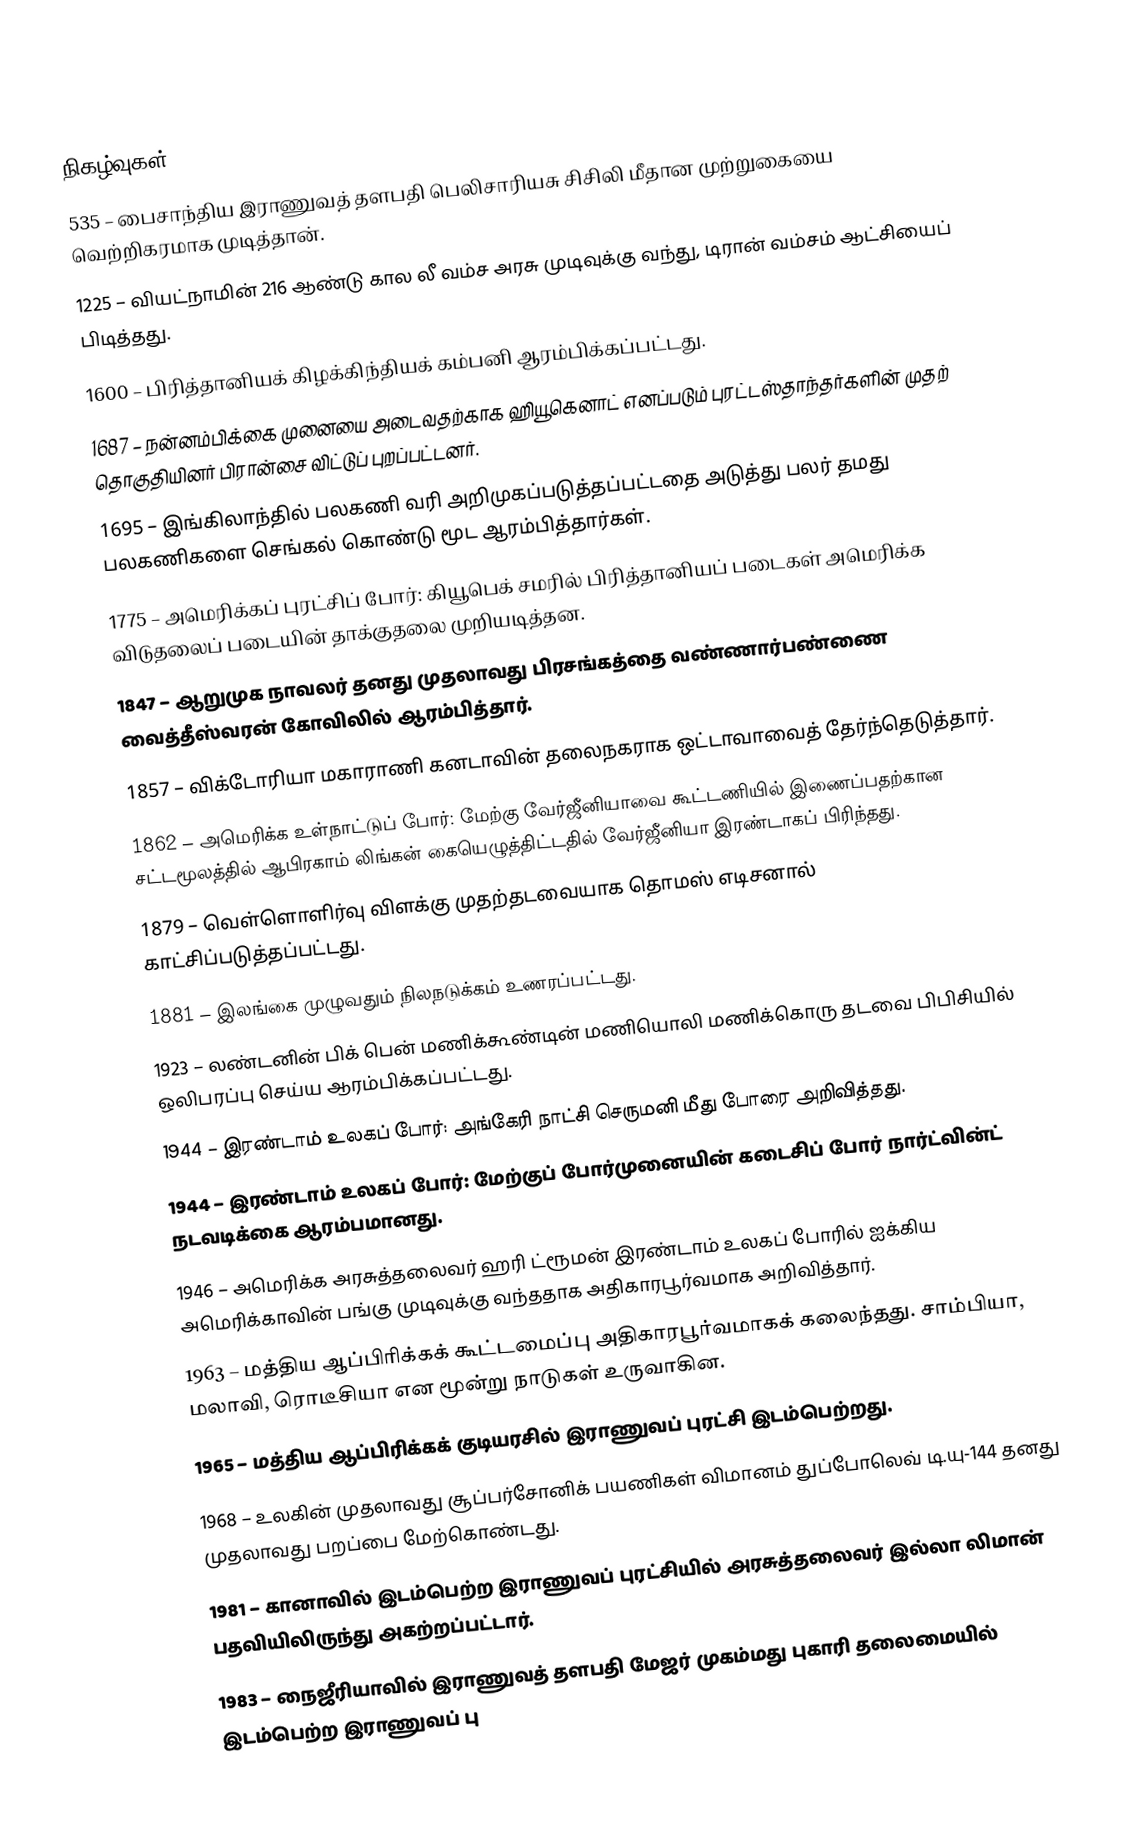

நிகழ்வுகள்
535 – பைசாந்திய இராணுவத் தளபதி பெலிசாரியசு சிசிலி மீதான முற்றுகையை வெற்றிகரமாக முடித்தான்.
1225 – வியட்நாமின் 216 ஆண்டு கால லீ வம்ச அரசு முடிவுக்கு வந்து, டிரான் வம்சம் ஆட்சியைப் பிடித்தது.
1600 – பிரித்தானியக் கிழக்கிந்தியக் கம்பனி ஆரம்பிக்கப்பட்டது.
1687 – நன்னம்பிக்கை முனையை அடைவதற்காக ஹியூகெனாட் எனப்படும்  புரட்டஸ்தாந்தர்களின் முதற் தொகுதியினர் பிரான்சை விட்டுப் புறப்பட்டனர்.
1695 – இங்கிலாந்தில் பலகணி வரி அறிமுகப்படுத்தப்பட்டதை அடுத்து பலர் தமது பலகணிகளை செங்கல் கொண்டு மூட ஆரம்பித்தார்கள்.
1775 – அமெரிக்கப் புரட்சிப் போர்: கியூபெக் சமரில் பிரித்தானியப் படைகள் அமெரிக்க விடுதலைப் படையின் தாக்குதலை முறியடித்தன.
1847 – ஆறுமுக நாவலர் தனது முதலாவது பிரசங்கத்தை வண்ணார்பண்ணை வைத்தீஸ்வரன் கோவிலில் ஆரம்பித்தார்.
1857 – விக்டோரியா மகாராணி கனடாவின் தலைநகராக ஒட்டாவாவைத் தேர்ந்தெடுத்தார்.
1862 – அமெரிக்க உள்நாட்டுப் போர்: மேற்கு வேர்ஜீனியாவை கூட்டணியில் இணைப்பதற்கான சட்டமூலத்தில் ஆபிரகாம் லிங்கன் கையெழுத்திட்டதில் வேர்ஜீனியா இரண்டாகப் பிரிந்தது.
1879 – வெள்ளொளிர்வு விளக்கு முதற்தடவையாக தொமஸ் எடிசனால் காட்சிப்படுத்தப்பட்டது.
1881 – இலங்கை முழுவதும் நிலநடுக்கம் உணரப்பட்டது.
1923 – லண்டனின் பிக் பென் மணிக்கூண்டின் மணியொலி மணிக்கொரு தடவை பிபிசியில் ஒலிபரப்பு செய்ய ஆரம்பிக்கப்பட்டது.
1944 – இரண்டாம் உலகப் போர்: அங்கேரி நாட்சி செருமனி மீது போரை அறிவித்தது.
1944 – இரண்டாம் உலகப் போர்: மேற்குப் போர்முனையின் கடைசிப் போர்  நார்ட்வின்ட் நடவடிக்கை ஆரம்பமானது.
1946 – அமெரிக்க அரசுத்தலைவர் ஹரி ட்ரூமன் இரண்டாம் உலகப் போரில் ஐக்கிய அமெரிக்காவின் பங்கு முடிவுக்கு வந்ததாக அதிகாரபூர்வமாக அறிவித்தார்.
1963 – மத்திய ஆப்பிரிக்கக் கூட்டமைப்பு அதிகாரபூர்வமாகக் கலைந்தது. சாம்பியா, மலாவி, ரொடீசியா என மூன்று நாடுகள் உருவாகின.
1965 – மத்திய ஆப்பிரிக்கக் குடியரசில் இராணுவப் புரட்சி இடம்பெற்றது.
1968 – உலகின் முதலாவது சூப்பர்சோனிக் பயணிகள் விமானம் துப்போலெவ் டி.யு-144 தனது முதலாவது பறப்பை மேற்கொண்டது.
1981 – கானாவில் இடம்பெற்ற இராணுவப் புரட்சியில் அரசுத்தலைவர் இல்லா லிமான் பதவியிலிருந்து அகற்றப்பட்டார்.
1983 – நைஜீரியாவில் இராணுவத் தளபதி மேஜர் முகம்மது புகாரி தலைமையில் இடம்பெற்ற இராணுவப் பு